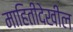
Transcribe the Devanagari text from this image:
माहितीदेखील